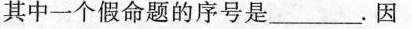
其中一个假命题的序号是___。因